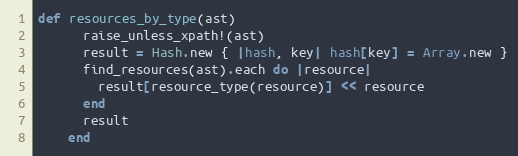
Language: Ruby
def resources_by_type(ast)
      raise_unless_xpath!(ast)
      result = Hash.new { |hash, key| hash[key] = Array.new }
      find_resources(ast).each do |resource|
        result[resource_type(resource)] << resource
      end
      result
    end